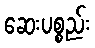
ဆေးပစ္စည်း